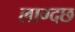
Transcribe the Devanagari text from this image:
लाग्दछ